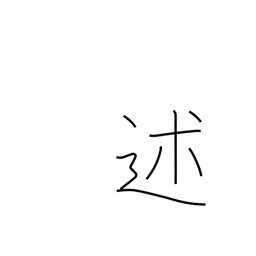
Meaning: mention